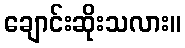
ချောင်းဆိုးသလား။